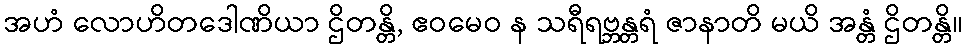
အဟံ လောဟိတဒေါဏိယာ ဌိတန္တိ, ဧဝမေဝ န သရီရဗ္ဘန္တရံ ဇာနာတိ မယိ အန္တံ ဌိတန္တိ။